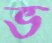
ভ